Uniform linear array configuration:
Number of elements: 4
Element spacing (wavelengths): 0.25
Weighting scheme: hann
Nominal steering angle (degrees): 60
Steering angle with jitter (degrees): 60.302
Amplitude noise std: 0.05
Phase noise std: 0.05

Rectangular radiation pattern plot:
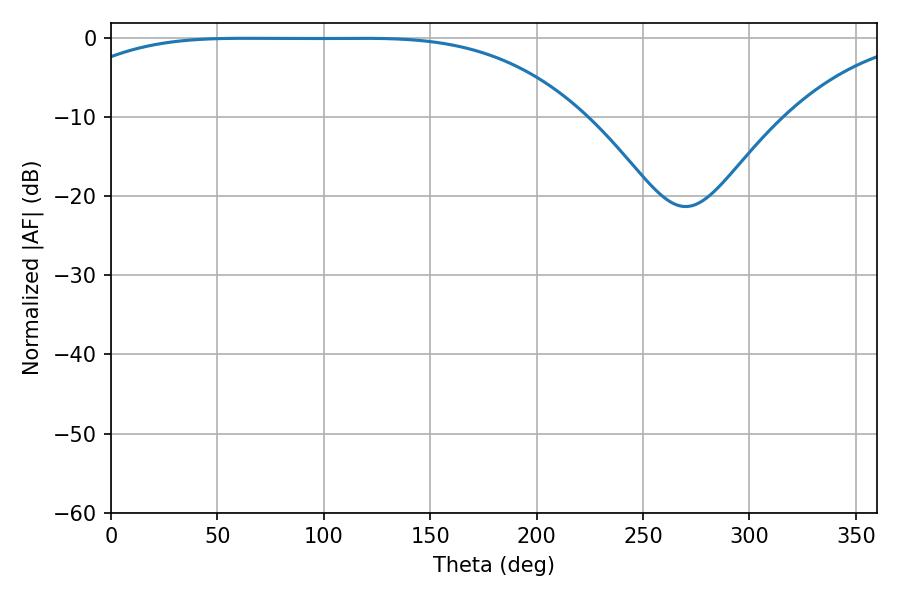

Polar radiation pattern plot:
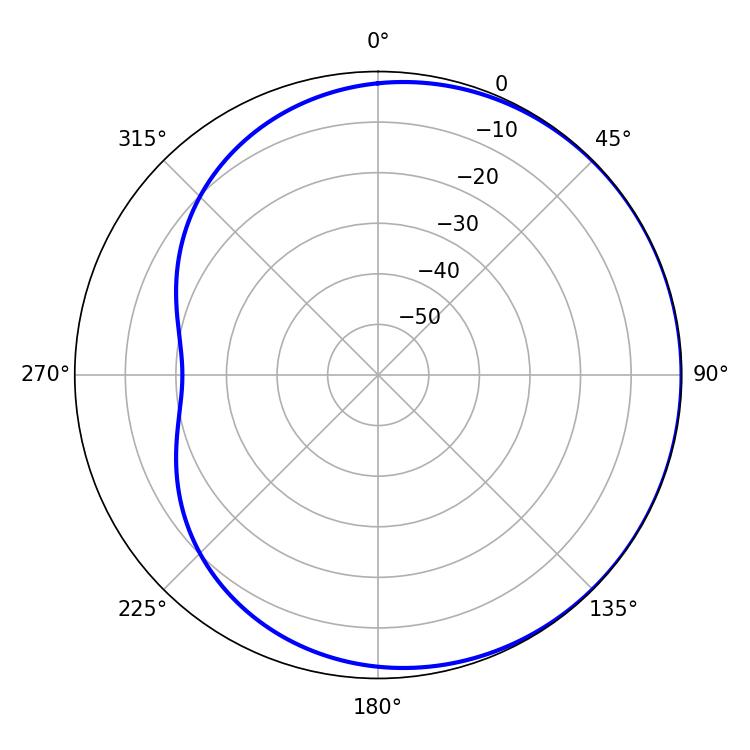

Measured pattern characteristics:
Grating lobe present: FALSE
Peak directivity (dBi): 0.5692
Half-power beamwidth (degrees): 186.12
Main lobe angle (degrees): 63